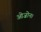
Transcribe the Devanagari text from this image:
ओज़ोन।